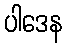
ပါဒေန